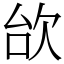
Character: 㰧